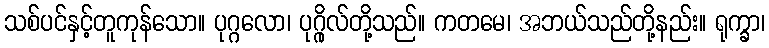
သစ်ပင်နှင့်တူကုန်သော။ ပုဂ္ဂလော၊ ပုဂ္ဂိုလ်တို့သည်။ ကတမေ၊ အဘယ်သည်တို့နည်း။ ရုက္ခာ၊